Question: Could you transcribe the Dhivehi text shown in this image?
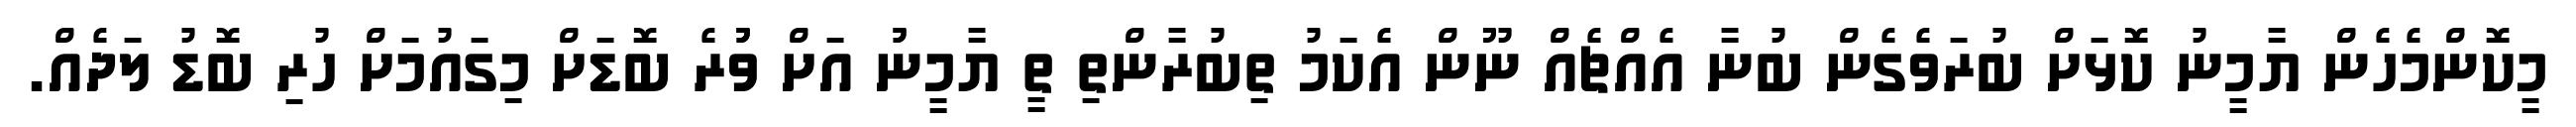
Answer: މީކޮންމެހެން ޔާމީނު ކޮޅަށް ބުރަވެގެން ބުނާ އެއްޗެއް ނޫން އެކަމު ތިބުރާންތި ތީ ޔާމީނުު އަށް ވުުުރެ ބޮޑަށް މިގައުމަށް ހުރި ބޮޑު ލަދެއް.